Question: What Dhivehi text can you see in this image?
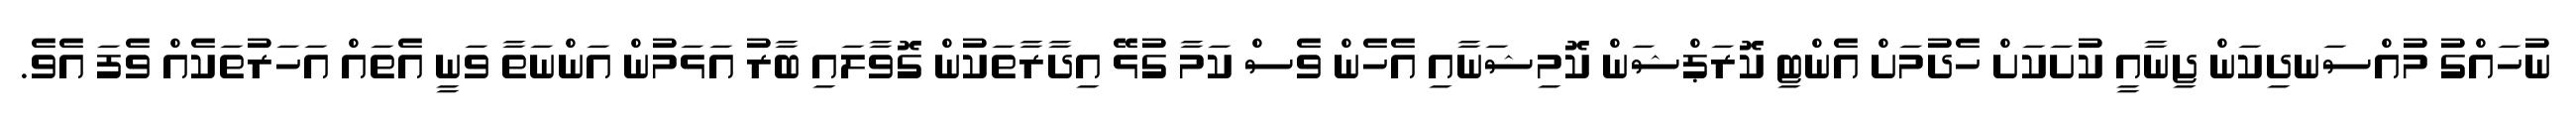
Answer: ނުހައްގު މުއްސަނދިކަން ޖިނާއީ ކުށަކަށް ހެދުމަށް އެންޓި ކޮރަޕްޝަން ކޮމިޝަނާއި އެހެން ވެސް ކަމާ ގުޅޭ އިދާރާތަކުން ގޮވާލައި ބާރު އަޅަމުން އަންނަތާ ވަނީ އެތައް އަހަރުތަކެއް ވެފަ އެވެ.